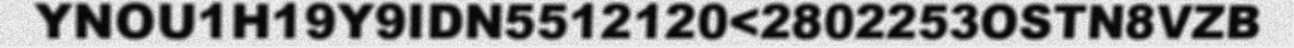
YNOU1H19Y9IDN5512120<2802253OSTN8VZB